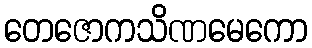
တေဇောကသိဏမေကော